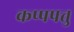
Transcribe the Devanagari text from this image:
कप्पपत्तु